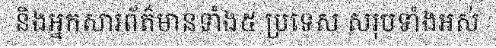
និងអ្នកសារព័ត៌មានទាំង៥ ប្រទេស សរុបទាំងអស់